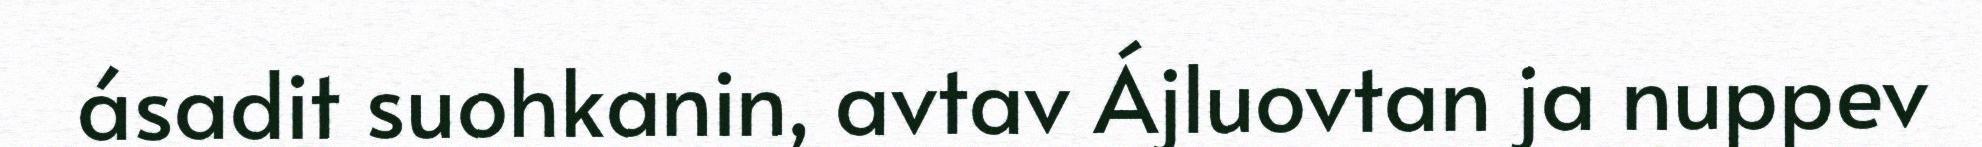
ásadit suohkanin, avtav Ájluovtan ja nuppev